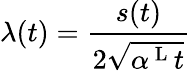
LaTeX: \lambda(t)=\frac{s(t)}{2\sqrt{\alpha^{\mathrm{~L~}}t}}